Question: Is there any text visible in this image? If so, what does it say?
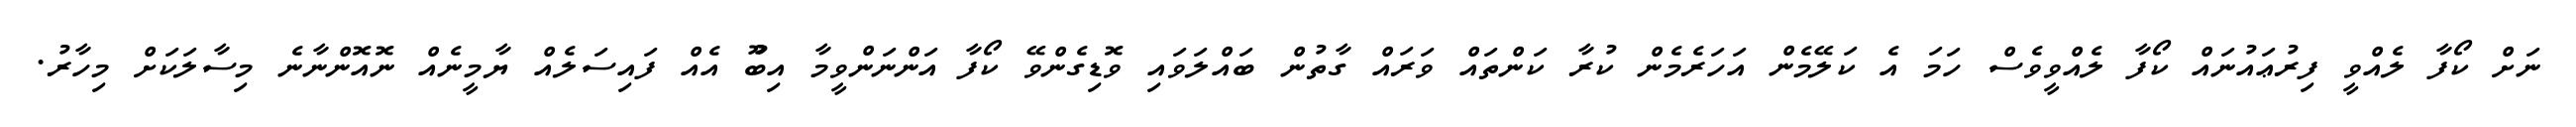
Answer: ނަށް ކޯފާ ލެއްވީ ފިރުޢައުނައް ކޯފާ ލެއްވީވެސް ހަމަ އެ ކަލޭމެން އަހަރެމެން ކުރާ ކަންތައް ވަރައް ގާތުން ބައްލަވައި ވޮޑިގެންވޭ ކޯފާ އަންނަންވީމާ އިބޫު އެއް ފައިސަލެއް ޔާމީނެއް ނޮއޮންނާނެ މިސާލަކަށް މިހާރު.